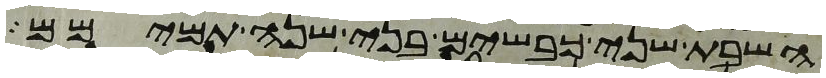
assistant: השבת שני כבשים בני שנה תמימם